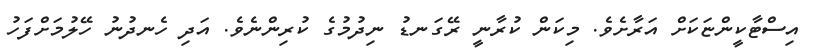
އިސްޓާކީންޏަކަށް އަރާށެވެ. މިކަން ކުރާނީ ރޭގަނޑު ނިދުމުގެ ކުރިންނެވެ. އަދި ހެނދުނު ހޭލުމަށްފަހު